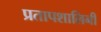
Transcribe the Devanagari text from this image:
प्रतापशालिनी